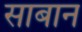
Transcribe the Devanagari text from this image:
साबान